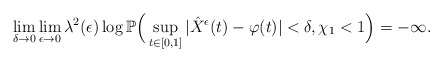
\begin{align*}\lim_{\delta\to0}\lim_{\epsilon\to0}\lambda^2(\epsilon)\log\mathbb P\Big(\sup_{t\in[0,1]}|\hat{X}^{\epsilon}(t)-\varphi(t)|<\delta, \chi_1<1\Big)=-\infty.\end{align*}